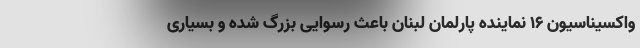
واکسیناسیون 16 نماینده پارلمان لبنان باعث رسوایی بزرگ شده و بسیاری